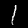
Digit: 1